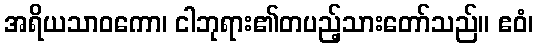
အရိယသာဝကော၊ ငါဘုရား၏တပည့်သားတော်သည်။ ဧဝံ၊